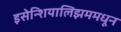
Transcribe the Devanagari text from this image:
इसेन्शियालिझममधून